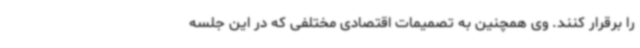
را برقرار کنند. وی همچنین به تصمیمات اقتصادی مختلفی که در این جلسه